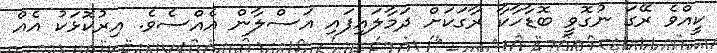
ކީއްވެ ރޭގަ ނުގޮވީ ބޮޑާހާކާ ރާގަކަށް ދަމާލައިފައި އަސްލާން އެއްސެވެ. އިރުކޮޅަކު އެއް